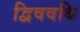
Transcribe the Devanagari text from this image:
द्विववधि